Report of the Indian Hemp Drugs Commission, 1894-1895 - Volume VI
Year: 1894
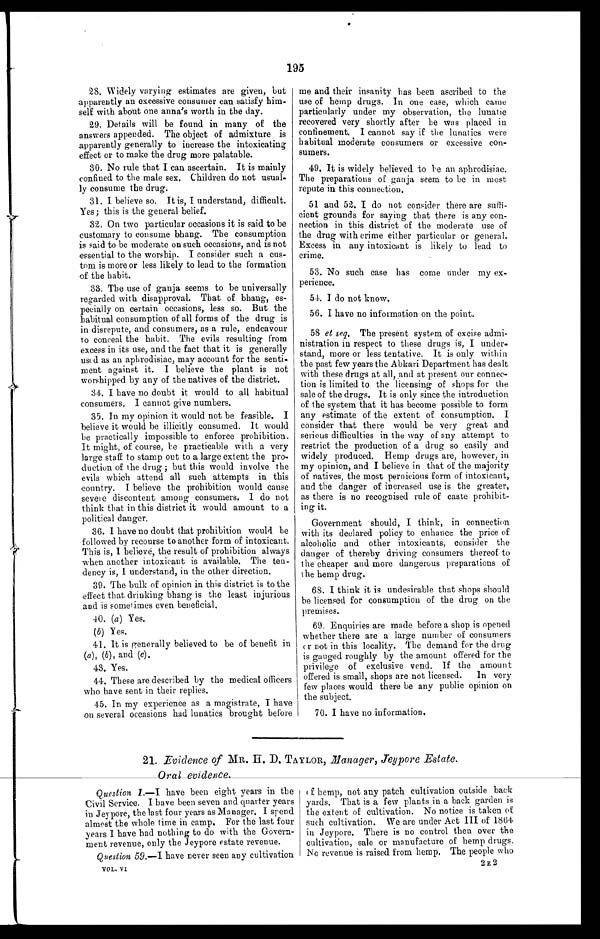
195
28. Widely varying estimates are given, but
apparently an excessive consumer can satisfy him-
self with about one anna's worth in the day.
29. Details will be found in many of the
answers appended. The object of admixture is
apparently generally to increase the intoxicating
effect or to make the drug more palatable.
30. No rule that I can ascertain. It is mainly
confined to the male sex. Children do not usual-
ly consume the drug.
31. I believe so. It is, I understand, difficult.
Yes; this is the general belief.
32, On two particular occasions it is said to be
customary to consume bhang. The consumption
is said to be moderate on such occasions, and is not
essential to the worship. I consider such a cus-
tom is more or less likely to lead to the formation
of the habit.
33. The use of ganja seems to be universally
regarded with disapproval. That of bhang, es-
pecially on certain occasions, less so. But the
habitual consumption of all forms of the drug is
in disrepute, and consumers, as a rule, endeavour
to conceal the habit. The evils resulting from
excess in its use, and the fact that it is generally
used as an aphrodisiac, may account for the senti-
ment against it. I believe the plant is not
worshipped by any of the natives of the district.
34. I have no doubt it would to all habitual
consumers. I cannot give numbers.
35. In my opinion it would not be feasible. I
believe it would be illicitly consumed. It would
be practically impossible to enforce prohibition.
It might, of course, be practicable with a very
large staff to stamp out to a large extent the
pro-duction of the drug ; but this would involve the
evils which attend all such attempts in this
country. I believe the prohibition would cause
severe discontent among consumers. I do not
think that in this district it would amount to a
political danger.
36. I have no doubt that prohibition would be
followed by recourse to another form of intoxicant.
This is, I believe, the result of prohibition always
when another intoxicant is available. The ten-
dency is, I understand, in the other direction.
39. The bulk of opinion in this district is to the
effect that drinking bhang is the least injurious
and is sometimes even beneficial.
40. (a) Yes.
(b) Yes.
41. It is generally believed to be of benefit in
(a), (b), and (c).
43. Yes.
44.. These are described by the medical officers
who have sent in their replies.
4.5. In my experience as a magistrate, I have
on several occasions had lunatics brought before
me and their insanity has been ascribed to the
use of hemp drugs. In one case, which came
particularly under my observation, the lunatic
recovered very shortly after he was placed in
confinement, I cannot say if the lunatics were
habitual moderate consumers or excessive con-
sumers.
49. It is widely believed to be an aphrodisiac.
The preparations of ganja seem to be in most
repute in this connection.
51 and 52. I do not consider there are suffi-
cient grounds for saying that there is any con-
nection in this district of the moderate use of
the drug with crime either particular or general.
Excess in any intoxicant is likely to lead to
crime.
53. No such case has come under my ex-
perience.
54. I do not know.
56. I have no information on the point.
58 et seq. The present system of excise admi-
nistration in respect to these drugs is, I under-
stand, more or less tentative. It is only within
the past few years the Abkari Department has dealt
with these drugs at all, .and at present our connec-
tion is limited to the licensing of shops for the
sale of the drugs. It is only since the introduction
of the system that it has become possible to form
any estimate of the extent of consumption. I
consider that there would be very great and
serious difficulties in the way of any attempt to
restrict the production of a drug so easily and
widely produced. Hemp drugs are, however, in
my opinion, and I believe in that of the majority
of natives, the most pernicious form of intoxicant,
and the danger of increased use is the greater,
as there is no recognised rule of caste prohibit-
ing it.
Government should, I think, in connection
with its declared policy to enhance the price of
alcoholic and other intoxicants, consider the
danger of thereby driving consumers thereof to
the cheaper and more dangerous preparations of
the hemp drug.
68. I think it is undesirable that shops should
be licensed for consumption of the drug on the
premises.
69. Enquiries are made before a shop is opened
whether there are a large number of consumers
or not in this locality. The demand for the drug
is gauged roughly by the amount offered for the
privilege of exclusive vend. If the amount
offered is small, shops are not licensed. In very
few places would there be any public opinion on
the subject.
70. I have no information.
21. Evidence of MR. H. D. TAYLOR , Manager, Jeypore Estate.
O r a l e v i d e n c e
Question, 1 .—I have been eight years in the
Civil Service. I have been seven and quarter years
in Jeypore, the last four years as Manager. I spend
almost the whole time in camp. For the last four
years I have had nothing to do with the Govern-
ment revenue, only the Jeypore estate revenue.
Question, 59.—I have never seen any cultivation
VOL. VI